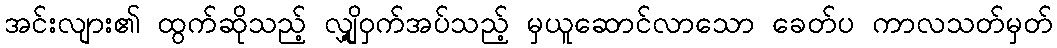
အင်းလျား၏ ထွက်ဆိုသည့် လျှို့ဝှက်အပ်သည့် မှယူဆောင်လာသော ခေတ်ပ ကာလသတ်မှတ်